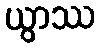
ယွာဿ